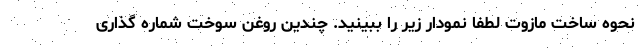
نحوه ساخت مازوت لطفا نمودار زیر را ببینید. چندین روغن سوخت شماره گذاری